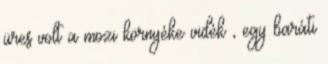
üres volt a mozi környéke vidék , egy baráti